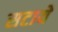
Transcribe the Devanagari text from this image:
सटाये